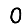
Digit: 0